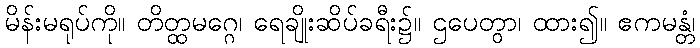
မိန်းမရုပ်ကို။ တိတ္ထမဂ္ဂေ၊ ရေချိုးဆိပ်ခရီး၌။ ဌပေတွာ၊ ထား၍။ ဧကမန္တံ၊